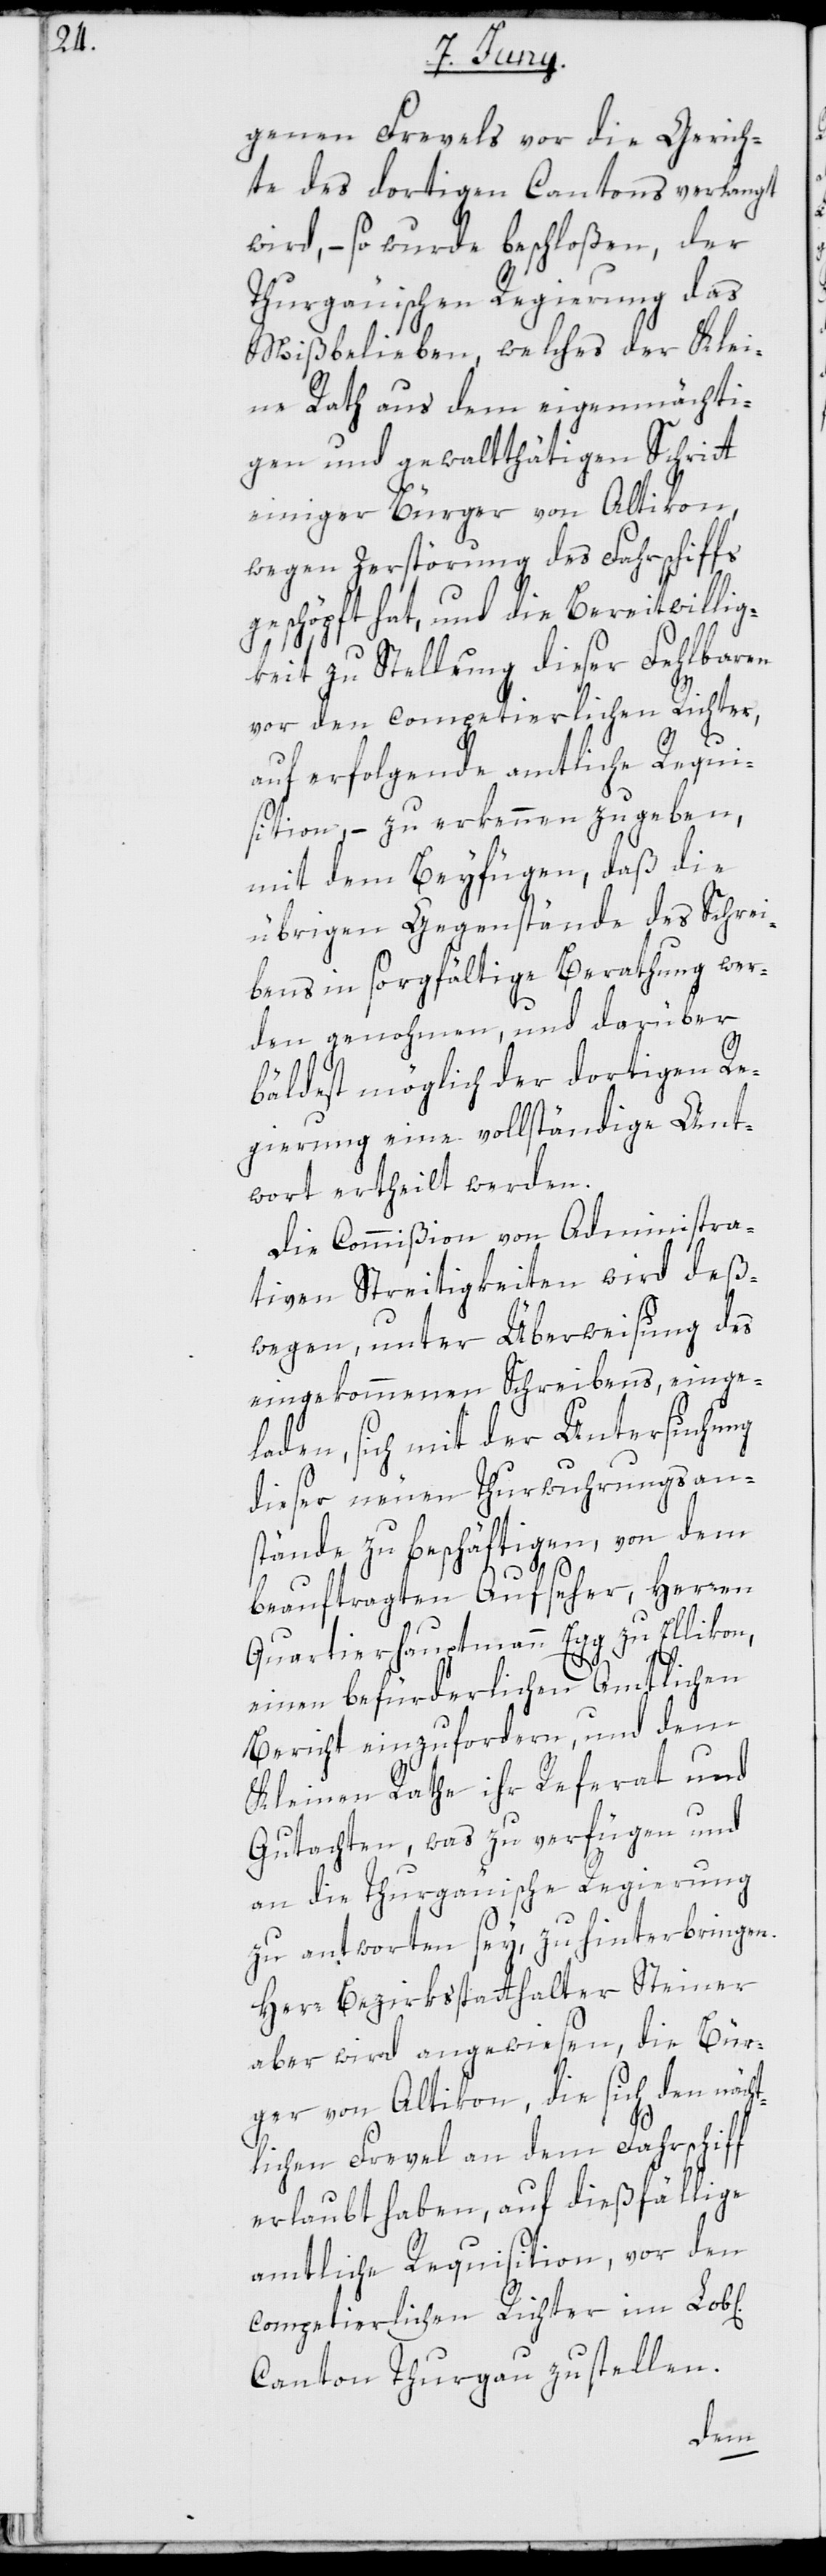
genen Frevels vor die Gerich¬
te des dortigen Cantons verlangt
wird, – so wurde beschloßen, der
Thurgäuischen Regierung das
Mißbelieben, welches der Klei¬
ne Rath aus dem eigenmächti¬
gen und gewaltthätigen Schritt
einiger Bürger von Altikon,
wegen Zerstörung des Fahrschiffs
geschöpft hat, und die Bereitwillig¬
keit zu Stellung dieser Fehlbaren
vor den competierlichen Richter,
auf erfolgende amtliche Requi¬
sition, – zu erkennen zu geben,
mit dem Beyfügen, daß die
übrigen Gegenstände des Schrei¬
bens in sorgfältige Berathung wer¬
den genohmen, und darüber
bäldest möglich der dortigen Re¬
gierung eine vollständige Ant¬
wort ertheilt werden.
Die Commißion von Administra¬
tiven Streitigkeiten wird deß¬
wegen, unter Überweisung des
eingekommenen Schreibens, einge¬
laden, sich mit der Untersuchung
dieser neuen Thurwuhrungsan¬
stände zu beschäftigen, von dem
beauftragten Aufseher, Herren
Quartierhauptmann Egg zu Ellikon,
einen befürderlichen Amtlichen
Bericht einzufordern, und dem
Kleinen Rathe ihr Referat und
Gutachten, was zu verfügen und
an die Thurgäuische Regierung
zu antworten sey, zu hinterbringen.
Herr Bezirksstatthalter Steiner
aber wird angewiesen, die Bür¬
ger von Altikon, die sich den näch¬
tlichen Frevel an dem Fahrschiff
erlaubt haben, auf dießfällige
amtliche Requisition, vor den
competierlichen Richter im Lob[li¬
Canton Thurgau zu stellen.
chen]